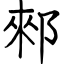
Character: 郲